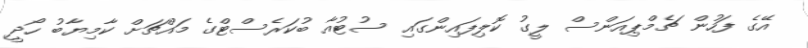
އޭގެ ފަހުން ޗެމްޕިއަންސް ލީގު ކޮލިފައިންގައި ސުޓުއާ ބުކަރެސްޓްގެ މައްޗަށް ކާމިޔާބު ހޯދީ